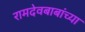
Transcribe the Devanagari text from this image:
रामदेवबाबांच्या